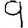
Digit: 9